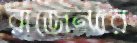
রাজেন্দর